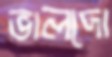
ভালদো